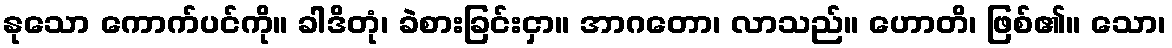
နုသော ကောက်ပင်ကို။ ခါဒိတုံ၊ ခဲစားခြင်းငှာ။ အာဂတော၊ လာသည်။ ဟောတိ၊ ဖြစ်၏။ သော၊